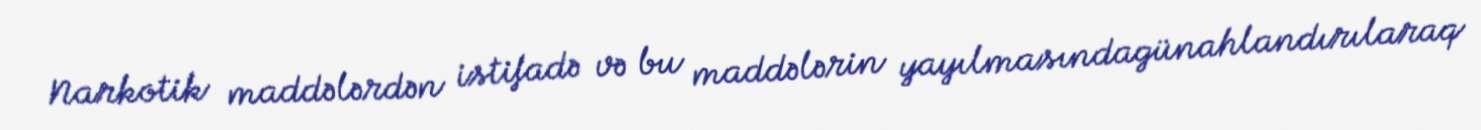
Narkotik maddələrdən istifadə və bu maddələrin yayılmasındagünahlandırılaraq